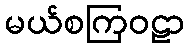
မယ်စကြဝဠာ